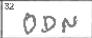
Transcription: ODN